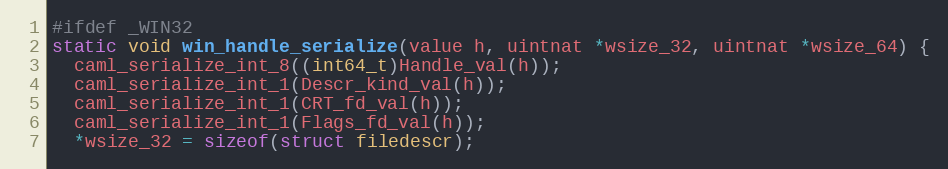
Language: C
#ifdef _WIN32
static void win_handle_serialize(value h, uintnat *wsize_32, uintnat *wsize_64) {
  caml_serialize_int_8((int64_t)Handle_val(h));
  caml_serialize_int_1(Descr_kind_val(h));
  caml_serialize_int_1(CRT_fd_val(h));
  caml_serialize_int_1(Flags_fd_val(h));
  *wsize_32 = sizeof(struct filedescr);